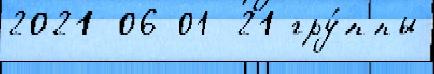
2021-06-01  21 гру́ппы